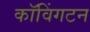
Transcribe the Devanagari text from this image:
कॉविंगटन